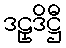
ဒဠှဒိဋ္ဌီ